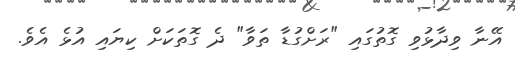
އޭނާ ވިދާޅުވި ގޮތުގައި "ރަށްގުޑާ ތަވާ" ދެ ގޮތަކަށް ކިޔައި އުޅެ އެވެ.